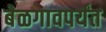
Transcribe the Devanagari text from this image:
बेळगावपर्यंत